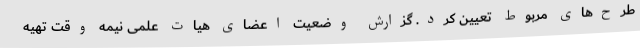
طرح‌های مربوط تعیین کرد. گزارش وضعیت اعضای هیات علمی نیمه وقت تهیه